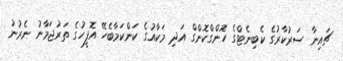
ޗައިނާ ސަރުކާރުގެ ކެބިނެޓްގެ ހޮންގްކޮންގް އަދި މަކާއުގެ ކަންކަމާބެހޭ އޮފީހުގެ ތަރުޖަމާނު ނެރުނު